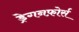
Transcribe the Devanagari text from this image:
ड्रेगनफ़ोर्स